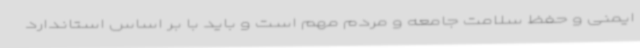
ایمنی و حفظ سلامت جامعه و مردم مهم است و باید با بر اساس استاندارد